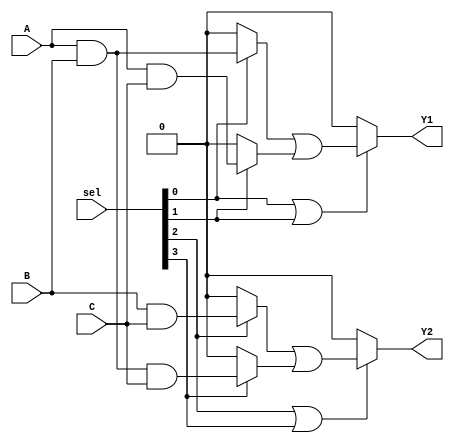
module PLA (
    input wire A,           // Input variable A
    input wire B,           // Input variable B
    input wire C,           // Input variable C
    input wire [3:0] sel,   // Select lines for configuring AND and OR arrays
    output wire Y1,         // Output variable Y1
    output wire Y2          // Output variable Y2
);

    // Programmable AND array: Example with 4 product terms (P1, P2, P3, P4)
    wire P1, P2, P3, P4;

    // Example product term configurations (AND gate outputs based on `sel` lines)
    assign P1 = (sel[0]) ? (A & B) : 1'b0; // P1 = A AND B if sel[0]
    assign P2 = (sel[1]) ? (A & C) : 1'b0; // P2 = A AND C if sel[1]
    assign P3 = (sel[2]) ? (B & C) : 1'b0; // P3 = B AND C if sel[2]
    assign P4 = (sel[3]) ? (A & B & C) : 1'b0; // P4 = A AND B AND C if sel[3]

    // Programmable OR array outputs: Y1 and Y2 generated from product terms
    assign Y1 = (sel[0] | sel[1]) ? (P1 | P2) : 1'b0; // Y1 = P1 OR P2 if sel[0] or sel[1]
    assign Y2 = (sel[2] | sel[3]) ? (P3 | P4) : 1'b0; // Y2 = P3 OR P4 if sel[2] or sel[3]

endmodule